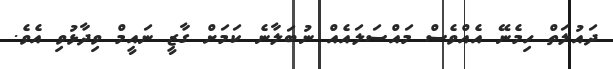
ދައުލަތް ހިމެނޭ އެއްވެސް މައްސަލައެއް ނުބަލާނެ ކަމަށް ގާޒީ ނައީމް ވިދާޅުވި އެވެ.